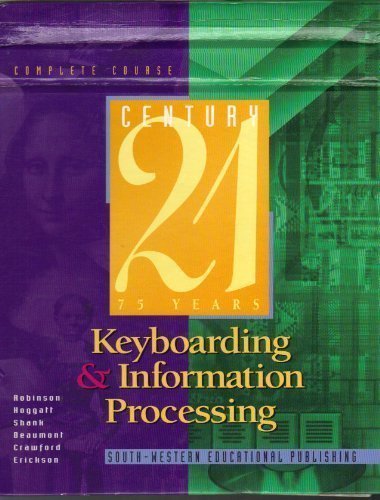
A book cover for Century 21 Keyboarding & Information Processing: Complete Course; Jerry W. Robinson; Business & Money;